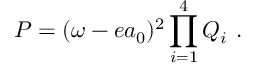
P = ( \omega - e a _ { 0 } ) ^ { 2 } \prod _ { i = 1 } ^ { 4 } Q _ { i } \ .